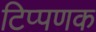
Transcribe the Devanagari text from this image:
टिप्पणक